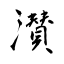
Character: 濽